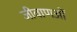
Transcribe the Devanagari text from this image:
जीवाणओं